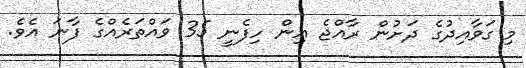
މި ގަވާއިދުގެ ދަށުން ރާއްޖެ އިން ހިފެނީ 35 ވައްތަރެއްގެ ފާނަ އެވެ.